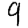
Digit: 9